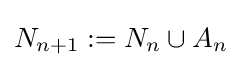
N_{n+1}:=N_{n}\cup A_{n}